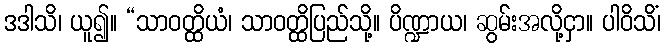
ဒဒါသိ၊ ယူ၍။ “သာဝတ္ထိယံ၊ သာဝတ္ထိပြည်သို့။ ပိဏ္ဍာယ၊ ဆွမ်းအလို့ငှာ။ ပါဝိသိံ၊